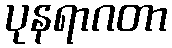
ပုနရာဂတာ